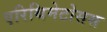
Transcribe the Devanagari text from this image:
एरिथिमेटोसस